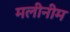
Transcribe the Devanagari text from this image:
मलीनीम